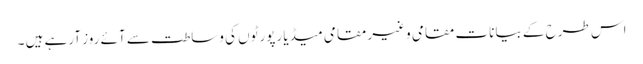
اس طرح کے بیانات مقامی وغیر مقامی میڈیا رپورٹوں کی وساطت سے آئے روز آرہے ہیں ۔